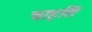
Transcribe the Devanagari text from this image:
चाहति